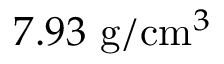
7 . 9 3 ~ \mathrm { g } / \mathrm { c m } ^ { 3 }